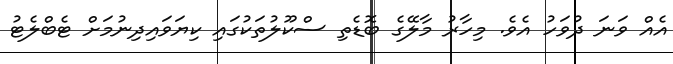
އެއް ވަނަ ދުވަހު އެވެ. މިހާރު މާލޭގެ ބޮޑެތި ސްކޫލުތަކުގައި ކިޔަވައިދިނުމަށް ޓެބްލެޓު